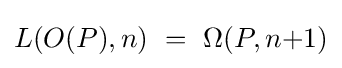
L(O(P),n)\ =\ \Omega (P,n{+}1)